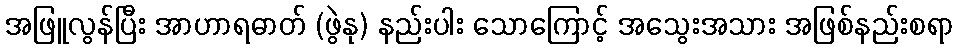
အဖြူလွန်ပြီး အာဟာရဓာတ် (ဖွဲနု) နည်းပါး သောကြောင့် အသွေးအသား အဖြစ်နည်းစရာ